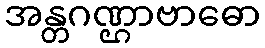
အန္တဂဏ္ဌာဗာဓော